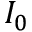
I _ { 0 }